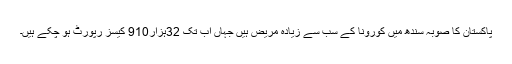
پاکستان کا صوبہ سندھ میں کورونا کے سب سے زیادہ مریض ہیں جہاں اب تک 32ہزار910 کیسز رپورٹ ہو چکے ہیں۔